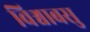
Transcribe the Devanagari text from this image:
विश्वाबसु